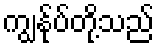
ကျွန်ုပ်တို့သည်